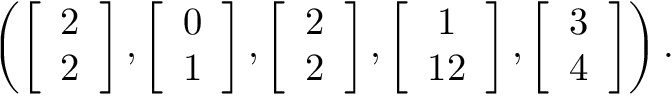
\begin{array} { r } { \left( \left[ \begin{array} { c } { 2 } \\ { 2 } \end{array} \right] , \left[ \begin{array} { c } { 0 } \\ { 1 } \end{array} \right] , \left[ \begin{array} { c } { 2 } \\ { 2 } \end{array} \right] , \left[ \begin{array} { c } { 1 } \\ { 1 2 } \end{array} \right] , \left[ \begin{array} { c } { 3 } \\ { 4 } \end{array} \right] \right) . } \end{array}